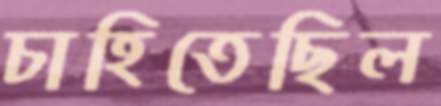
চাহিতেছিল